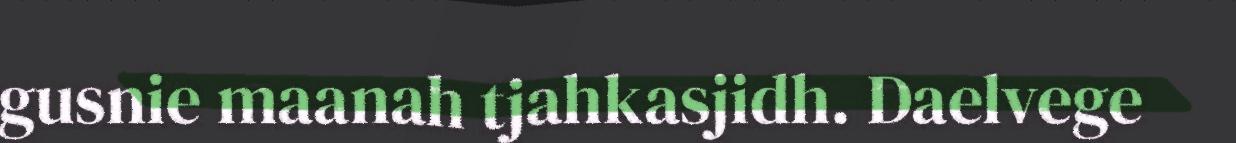
gusnie maanah tjahkasjidh. Daelvege